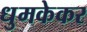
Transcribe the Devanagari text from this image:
धुमकेकर